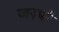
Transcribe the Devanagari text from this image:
जज़्बों